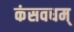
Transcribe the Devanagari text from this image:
कंसवधम्